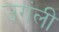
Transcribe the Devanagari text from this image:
उगंली